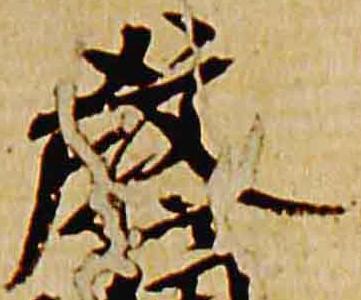
厳